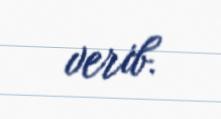
verib.